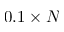
0 . 1 \times N